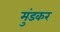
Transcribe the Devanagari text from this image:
मुंडकर